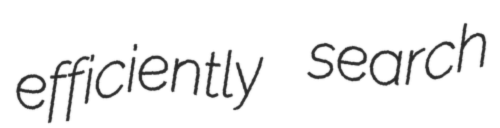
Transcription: efficiently search